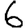
Digit: 6